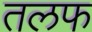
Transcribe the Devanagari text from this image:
तलफ